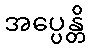
အပ္ပေန္တိ